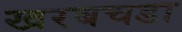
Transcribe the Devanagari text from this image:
खरबचडा